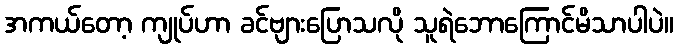
အကယ်တော့ ကျုပ်ဟာ ခင်ဗျားပြောသလို သူရဲဘောကြောင်မိသာပါပဲ။